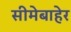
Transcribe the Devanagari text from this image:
सीमेबाहेर